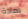
بمادة